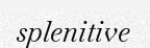
splenitive